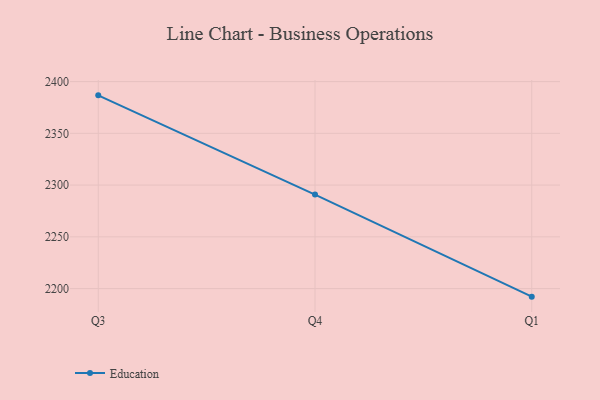
{"axis": {"x": "Quarter", "y": "Active Users"}, "legend": ["Education"], "data": [{"x": "Q3", "y": 2386.7, "type": "Education"}, {"x": "Q4", "y": 2290.8, "type": "Education"}, {"x": "Q1", "y": 2192.2, "type": "Education"}]}